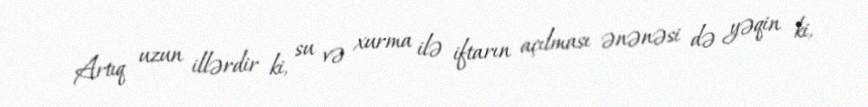
Artıq uzun illərdir ki, su və xurma ilə iftarın açılması ənənəsi də yəqin ki,